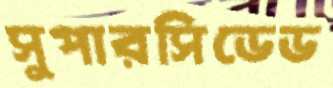
সুপারসিডেড